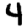
Digit: 4